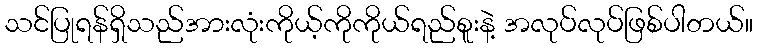
သင်ပြုရန်ရှိသည်အားလုံးကိုယ့်ကိုကိုယ်ရည်စူးနဲ့ အလုပ်လုပ်ဖြစ်ပါတယ်။